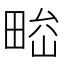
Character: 𤲁